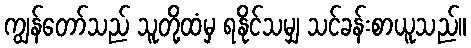
ကျွန်တော်သည် သူတို့ထံမှ ရနိုင်သမျှ သင်ခန်းစာယူသည်။